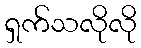
ရှက်သလိုလို